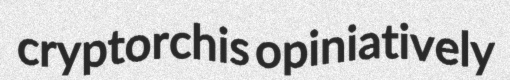
cryptorchis opiniatively